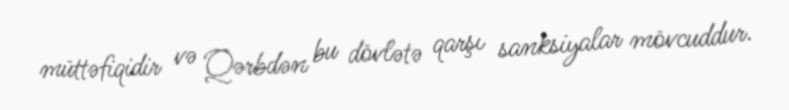
müttəfiqidir və Qərbdən bu dövlətə qarşı sanksiyalar mövcuddur.